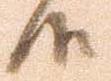
候